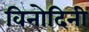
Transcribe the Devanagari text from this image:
विनोदिनी